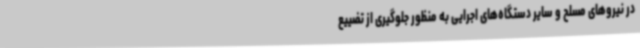
در نیروهای مسلح و سایر دستگاه‌های اجرایی به منظور جلوگیری از تضییع